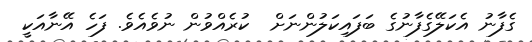
ގެފާނު އެކަލޭގެފާނުގެ ބަފައިކަލުންނަށް  ކުރެއްވުން ނުވެއެވެ. ފަހެ އޭނާއަކީ